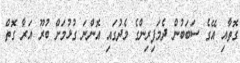
ގޮތާއި އޭގެ ސަބަބުން ދެމަފިރިންގެ މެދުގައި އޮންނަ ގުޅުމަށް ބުރޫ އަރާ ގޮތް